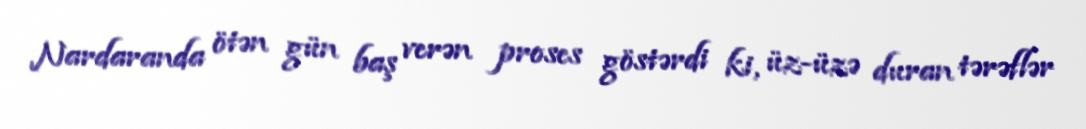
Nardaranda ötən gün baş verən proses göstərdi ki, üz-üzə duran tərəflər